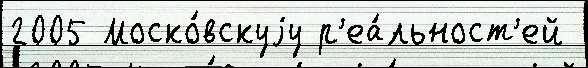
2005 Моско́вскуjу р'еа́льност'ей